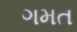
ગમત